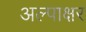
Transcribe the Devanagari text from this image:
अल्पाक्षर